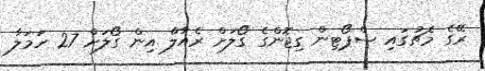
ރޭގެ މެޗުގައި ސްޕޯޓިން ގިޖޮންގެ ގޯލަށް ރެއާލް އިން ގޯލަށް 27 ހަމަލާ